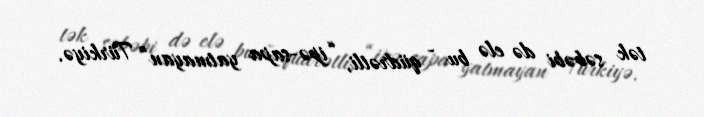
tək səbəbi də elə bu - qüdrətli, “ipə-sapa yatmayan” Türkiyə.